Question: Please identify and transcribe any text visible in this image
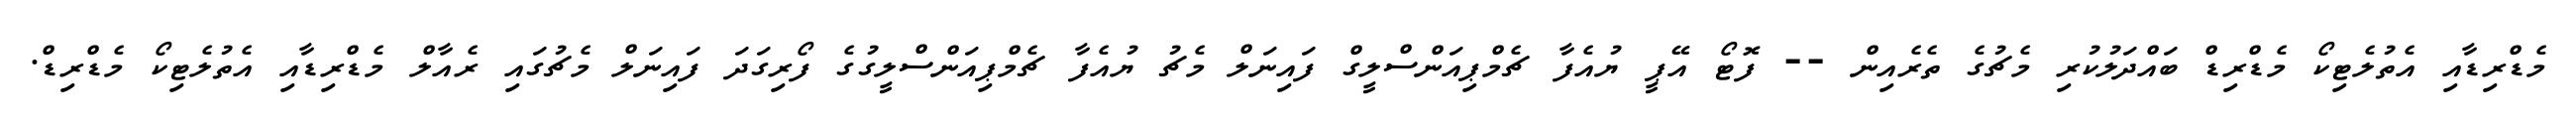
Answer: މެޑްރިޑާއި އެތުލެޓިކޯ މެޑްރިޑް ބައްދަލުކުރި މެޗުގެ ތެރެއިން -- ފޮޓޯ އޭޕީ ޔުއެފާ ޗެމްޕިއަންސްލީގް ފައިނަލް މެޗު ޔުއެފާ ޗެމްޕިއަންސްލީގުގެ ފޯރިގަދަ ފައިނަލް މެޗުގައި ރެއާލް މެޑްރިޑާއި އެތުލެޓިކޯ މެޑްރިޑް.